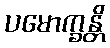
ပမောက္ခန္တိ